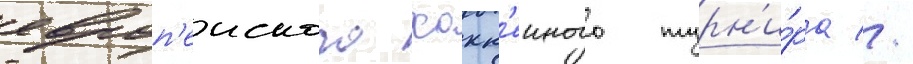
европ'еиского хокк'еиного турн'и́ра //